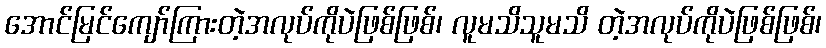
အောင်မြင်ကျော်ကြားတဲ့အလုပ်ကိုပဲဖြစ်ဖြစ်၊ လူမသိသူမသိ တဲ့အလုပ်ကိုပဲဖြစ်ဖြစ်၊